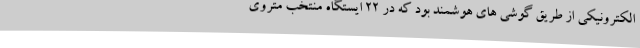
الکترونیکی از طریق گوشی های هوشمند بود که در 22 ایستگاه منتخب متروی